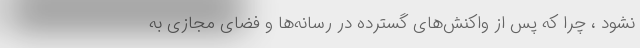
نشود ، چرا که پس از واکنش‌های گسترده در رسانه‌ها و فضای مجازی به